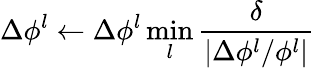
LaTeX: \Delta\phi^{l}\leftarrow\Delta\phi^{l}\operatorname*{min}_{l}\frac{\delta}{|\Delta\phi^{l}/\phi^{l}|}